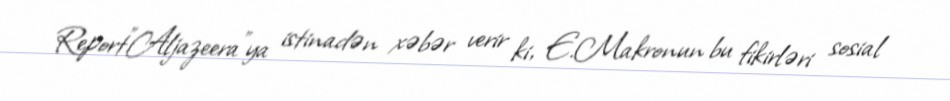
Report"Aljazeera"ya istinadən xəbər verir ki, E.Makronun bu fikirləri sosial